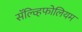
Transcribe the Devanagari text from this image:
सॅल्व्हिफोलियम